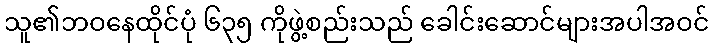
သူ၏ဘဝနေထိုင်ပုံ ၆၃၅ ကိုဖွဲ့စည်းသည် ခေါင်းဆောင်များအပါအဝင်